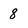
Character: 8